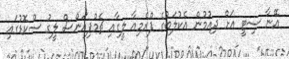
އޭނާ ސިޓީ އަށް ދިއުމުން އެކުލަބުގެ ޕްރެމިއާ ލީގާއި ޗެމްޕިއަންސް ލީގު ސްކޮޑުގައި